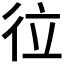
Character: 𢓔